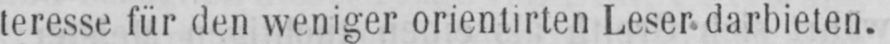
teresse für den weniger orientirten Leser darbieten.